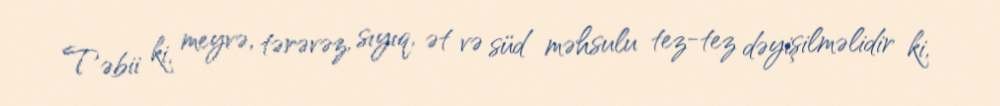
Təbii ki, meyvə, tərəvəz, sıyıq, ət və süd məhsulu tez-tez dəyişilməlidir ki,